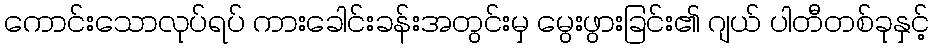
ကောင်းသောလုပ်ရပ် ကားခေါင်းခန်းအတွင်းမှ မွေးဖွားခြင်း၏ ဂျယ် ပါတီတစ်ခုနှင့်